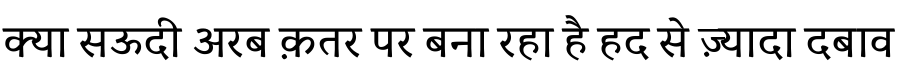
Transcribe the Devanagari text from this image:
क्या सऊदी अरब क़तर पर बना रहा है हद से ज़्यादा दबाव